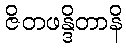
ဇိတဖန္ဒိတာနိ